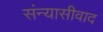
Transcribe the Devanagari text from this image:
संन्यासीवाद